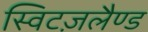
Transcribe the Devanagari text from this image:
स्विटज़लैण्ड